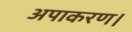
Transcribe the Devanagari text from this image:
अपाकरण।